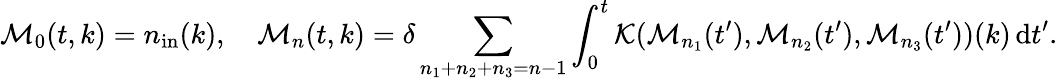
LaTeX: \mathcal M_{0}(t,k)=n_{\mathrm{in}}(k),\quad\mathcal M_{n}(t,k)=\delta\sum_{n_{1}+n_{2}+n_{3}=n-1}\int_{0}^{t}\mathcal K(\mathcal M_{n_{1}}(t^{\prime}),\mathcal M_{n_{2}}(t^{\prime}),\mathcal M_{n_{3}}(t^{\prime}))(k)\, \mathrm{d}t^{\prime}.